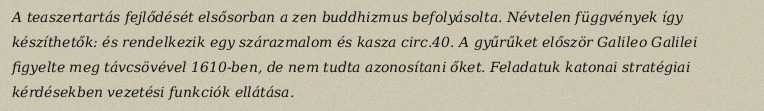
A teaszertartás fejlődését elsősorban a zen buddhizmus befolyásolta. Névtelen függvények így készíthetők: és rendelkezik egy szárazmalom és kasza circ.40. A gyűrűket először Galileo Galilei figyelte meg távcsövével 1610-ben, de nem tudta azonosítani őket. Feladatuk katonai stratégiai kérdésekben vezetési funkciók ellátása.